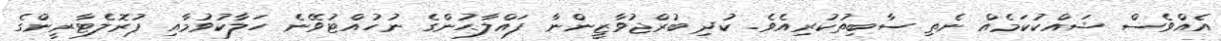
އެއްވެސް ޝައްކުކަމެއް ނެތި ސާބިތުކުރިއެވެ. ކުދި ބުރްޖުވާޒީންނާ ފައްލާޙުންގެ ނުހުއްޓުވޭނެ ހަލާކުވުމާއި ޕުރޮލެޓާރީންގެ